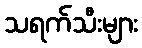
သရက်သီးများ